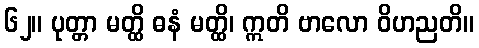
၆၂။ ပုတ္တာ မတ္ထိ ဓနံ မတ္ထိ၊ ဣတိ ဗာလော ဝိဟညတိ။